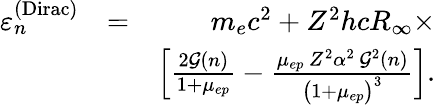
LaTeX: \begin{array}{rlr}{\varepsilon_{n}^{\mathrm{(Dirac)}}}&{=}&{m_{e}c^{2}+Z^{2}hcR_{\infty}\times}\\ &{}&{\Big[\frac{2\mathcal{G}(n)}{1+\mu_{ep}}-\frac{\mu_{ep}\, Z^{2}\alpha^{2}\, \mathcal{G}^{2}(n)}{\big(1+\mu_{ep}\big)^{3}}\Big].}\end{array}